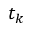
t _ { k }